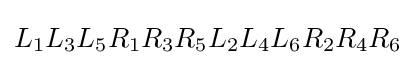
L_{1}L_{3}L_{5}R_{1}R_{3}R_{5}L_{2}L_{4}L_{6}R_{2}R_{4}R_{6}